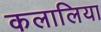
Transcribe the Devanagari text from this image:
कलालिया